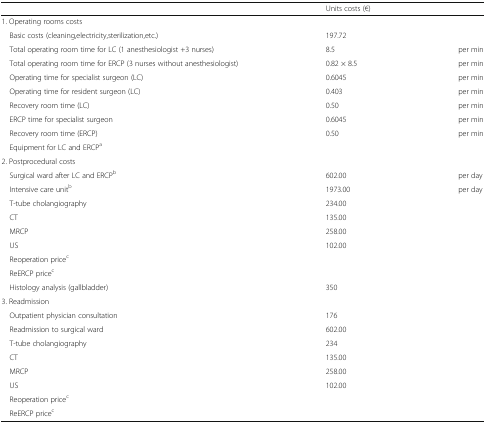
<table><thead><tr><td>[EMPTY_CELL]</td><td><b>Units costs (€)</b></td><td>[EMPTY_CELL]</td></tr></thead><tbody><tr><td colspan="3">1. Operating rooms costs</td></tr><tr><td> Basic costs (cleaning,electricity,sterilization,etc.)</td><td>197.72</td><td>[EMPTY_CELL]</td></tr><tr><td> Total operating room time for LC (1 anesthesiologist +3 nurses)</td><td>8.5</td><td>per min</td></tr><tr><td> Total operating room time for ERCP (3 nurses without anesthesiologist)</td><td>0.82 × 8.5</td><td>per min</td></tr><tr><td> Operating time for specialist surgeon (LC)</td><td>0.6045</td><td>per min</td></tr><tr><td> Operating time for resident surgeon (LC)</td><td>0.403</td><td>per min</td></tr><tr><td> Recovery room time (LC)</td><td>0.50</td><td>per min</td></tr><tr><td> ERCP time for specialist surgeon</td><td>0.6045</td><td>per min</td></tr><tr><td> Recovery room time (ERCP)</td><td>0.50</td><td>per min</td></tr><tr><td> Equipment for LC and ERCP<sup>a</sup></td><td>[EMPTY_CELL]</td><td>[EMPTY_CELL]</td></tr><tr><td colspan="3">2. Postprocedural costs</td></tr><tr><td> Surgical ward after LC and ERCP<sup>b</sup></td><td>602.00</td><td>per day</td></tr><tr><td> Intensive care unit<sup>b</sup></td><td>1973.00</td><td>per day</td></tr><tr><td> T-tube cholangiography</td><td>234.00</td><td>[EMPTY_CELL]</td></tr><tr><td> CT</td><td>135.00</td><td>[EMPTY_CELL]</td></tr><tr><td> MRCP</td><td>258.00</td><td>[EMPTY_CELL]</td></tr><tr><td> US</td><td>102.00</td><td>[EMPTY_CELL]</td></tr><tr><td> Reoperation price<sup>c</sup></td><td>[EMPTY_CELL]</td><td>[EMPTY_CELL]</td></tr><tr><td> ReERCP price<sup>c</sup></td><td>[EMPTY_CELL]</td><td>[EMPTY_CELL]</td></tr><tr><td> Histology analysis (gallbladder)</td><td>350</td><td>[EMPTY_CELL]</td></tr><tr><td colspan="3">3. Readmission</td></tr><tr><td> Outpatient physician consultation</td><td>176</td><td>[EMPTY_CELL]</td></tr><tr><td> Readmission to surgical ward</td><td>602.00</td><td>[EMPTY_CELL]</td></tr><tr><td> T-tube cholangiography</td><td>234</td><td>[EMPTY_CELL]</td></tr><tr><td> CT</td><td>135.00</td><td>[EMPTY_CELL]</td></tr><tr><td> MRCP</td><td>258.00</td><td>[EMPTY_CELL]</td></tr><tr><td> US</td><td>102.00</td><td>[EMPTY_CELL]</td></tr><tr><td> Reoperation price<sup>c</sup></td><td>[EMPTY_CELL]</td><td>[EMPTY_CELL]</td></tr><tr><td> ReERCP price<sup>c</sup></td><td>[EMPTY_CELL]</td><td>[EMPTY_CELL]</td></tr></tbody></table>